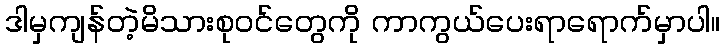
ဒါမှကျန်တဲ့မိသားစုဝင်တွေကို ကာကွယ်ပေးရာရောက်မှာပါ။